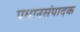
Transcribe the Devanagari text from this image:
प्रधानसंपादक